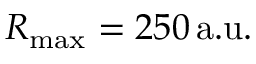
R _ { \mathrm { m a x } } = 2 5 0 \, \mathrm { a . u . }